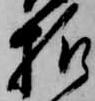
様